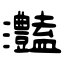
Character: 灎